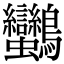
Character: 𪈿